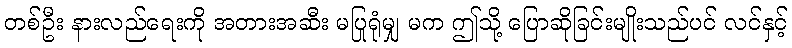
တစ်ဦး နားလည်ရေးကို အတားအဆီး မပြုရုံမျှ မက ဤသို့ ပြောဆိုခြင်းမျိုးသည်ပင် လင်နှင့်